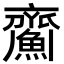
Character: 𩹵